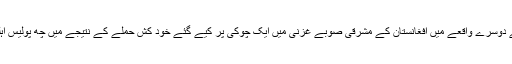
بدھ کے روز پیش آنے والے دوسرے واقعے میں افغانستان کے مشرقی صوبے غزنی میں ایک چوکی پر کیے گئے خود کش حملے کے نتیجے میں چھ پولیس اہلکار ہلاک یا زخمی ہوگئے۔